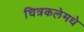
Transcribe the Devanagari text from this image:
चित्रकलेमधे